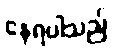
နေရပါသည်